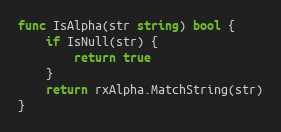
Language: Go
func IsAlpha(str string) bool {
	if IsNull(str) {
		return true
	}
	return rxAlpha.MatchString(str)
}